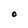
Character: O